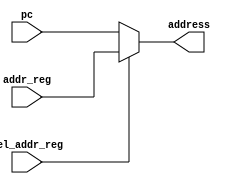
module mux2 (address, pc, addr_reg, sel_addr_reg);
input [15:0] pc;
input [15:0] addr_reg;
output [15:0] address;
input sel_addr_reg;
reg [15:0] address;

always @(addr_reg or pc or sel_addr_reg)
   if (sel_addr_reg) address = addr_reg;
   else address = pc;
endmodule